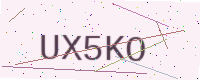
Text: UX5KO